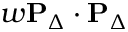
w \mathbf { P } _ { \Delta } \cdot \mathbf { P } _ { \Delta }